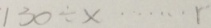
1 3 0 \div x \cdots r